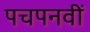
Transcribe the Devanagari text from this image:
पचपनवीं